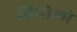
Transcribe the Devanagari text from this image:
चियोको